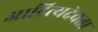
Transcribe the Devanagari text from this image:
आदित्यदेवता